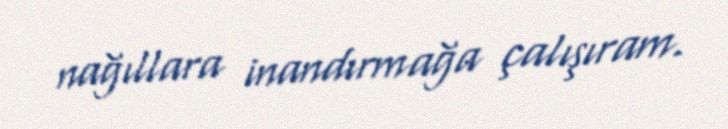
nağıllara inandırmağa çalışıram.